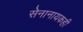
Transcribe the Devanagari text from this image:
सेनानायकही